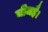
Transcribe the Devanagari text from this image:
चीजहै।